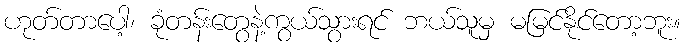
ဟုတ်တာပေါ့၊ ခုံတန်းတွေနဲ့ကွယ်သွားရင် ဘယ်သူမှ မမြင်နိုင်တော့ဘူး။